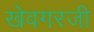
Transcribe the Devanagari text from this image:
खेवगरजी